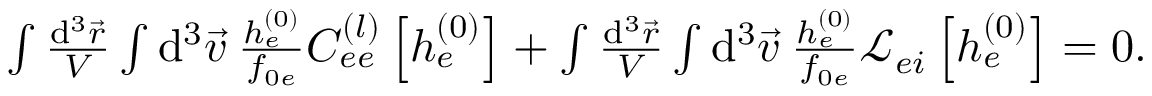
\begin{array} { r } { \int \frac { \mathrm { d } ^ { 3 } \vec { r } } { V } \int \mathrm { d } ^ { 3 } \vec { v } \: \frac { h _ { e } ^ { ( 0 ) } } { f _ { 0 e } } C _ { e e } ^ { ( l ) } \left[ h _ { e } ^ { ( 0 ) } \right] + \int \frac { \mathrm { d } ^ { 3 } \vec { r } } { V } \int \mathrm { d } ^ { 3 } \vec { v } \: \frac { h _ { e } ^ { ( 0 ) } } { f _ { 0 e } } \mathcal { L } _ { e i } \left[ h _ { e } ^ { ( 0 ) } \right] = 0 . } \end{array}